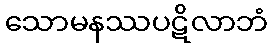
သောမနဿပဋိလာဘံ